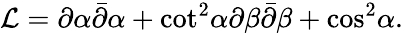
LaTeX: {\cal L}=\partial\alpha\bar{\partial}\alpha+{\cot}^{2}\alpha\partial\beta\bar{\partial}\beta+{\cos}^{2}\alpha.